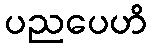
ပညပေဟိ